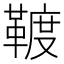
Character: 䩲